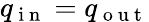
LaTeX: q_{\mathrm{~i~n~}}=q_{\mathrm{~o~u~t~}}